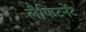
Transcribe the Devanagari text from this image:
लैफिटनेंट